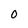
Character: O